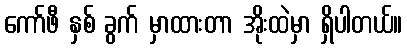
ကော်ဖီ နှစ် ခွက် မှာထားတာ အိုးထဲမှာ ရှိပါတယ်။